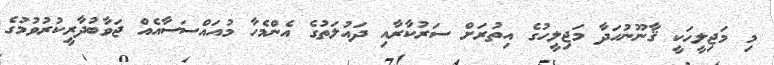
މި މަޖިލީހަކީ ޤާނޫނުހަދާ މަޖިލީހުގެ އިތުރަށް ސަރުކާރާއި ދައުލަތުގެ އެންމެހާ މުއައްސަސާއެއް ޖަވާބުދާރީކުރުވުމުގެ